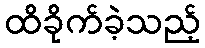
ထိခိုက်ခဲ့သည့်